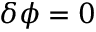
\delta \phi = 0